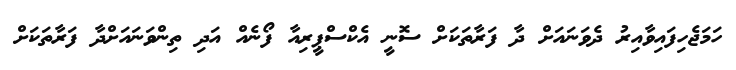
ހަމަޖެހިފައިވާއިރު ދެވަނައަށް ދާ ފަރާތަކަށް ސޮނީ އެކްސްޕީރިއާ ފޯނެއް އަދި ތިންވަނައަށްދާ ފަރާތަކަށް